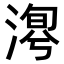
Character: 𣹯